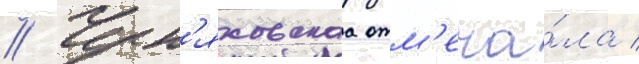
// Черн'яховскаа отм'еча́ла /